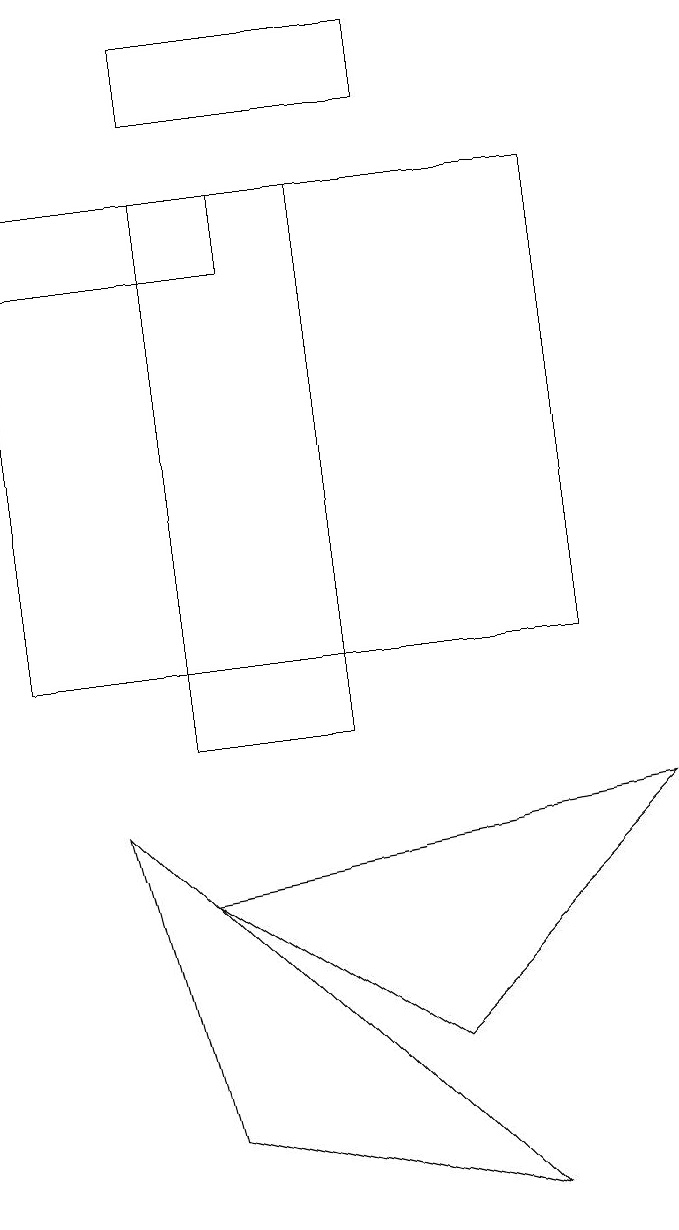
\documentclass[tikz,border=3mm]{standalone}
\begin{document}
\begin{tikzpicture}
\draw (2,8) -- (8,9) -- (5,6) -- cycle;
\draw (3,17) rectangle (0,16);
\draw (5,18) rectangle (2,19);
\draw (2,5) -- (6,4) -- (1,9) -- cycle;
\draw (2,17) rectangle (4,10);
\draw (7,11) rectangle (0,17);
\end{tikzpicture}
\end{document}